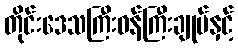
တိုင်းဒေသကြီးဝန်ကြီးချုပ်နှင့်